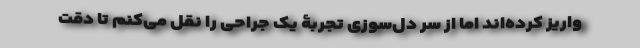
واریز کرده‌اند اما از سر دل‌سوزی تجربۀ یک جراحی را نقل می‌کنم تا دقت